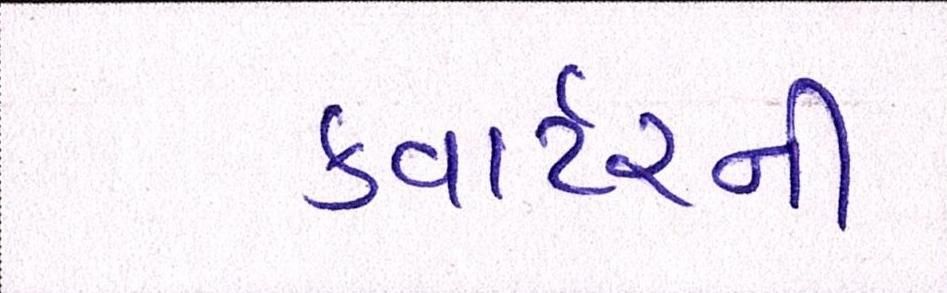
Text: ક્વાર્ટરની